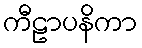
ကီဠာပနိကာ